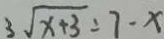
3 \sqrt { x + 3 } = 7 - x